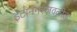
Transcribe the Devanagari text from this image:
इटानगरजवळील